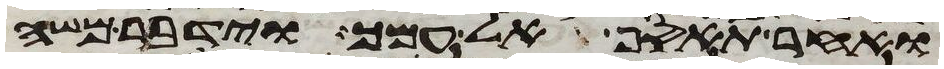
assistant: ואחר תאסף אל עמך וידבר משה